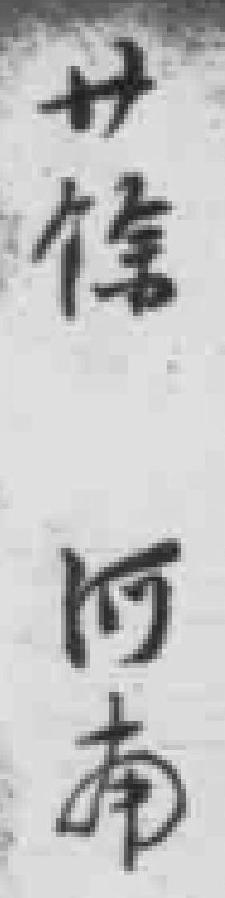
廿餘 河南